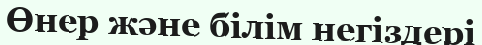
Өнер және білім негіздері